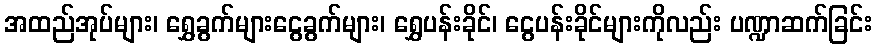
အထည်အုပ်များ၊ ရွှေခွက်များငွေခွက်များ၊ ရွှေပန်းခိုင်၊ ငွေပန်းခိုင်များကိုလည်း ပဏ္ဍာဆက်ခြင်း